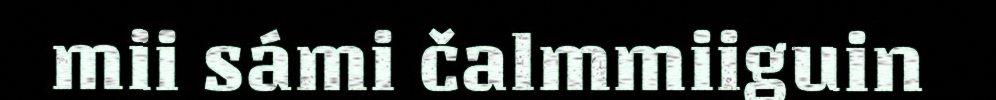
mii sámi čalmmiiguin